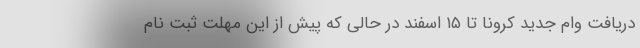
دریافت وام جدید کرونا تا ۱۵ اسفند در حالی که پیش از این مهلت ثبت نام